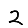
Digit: 2